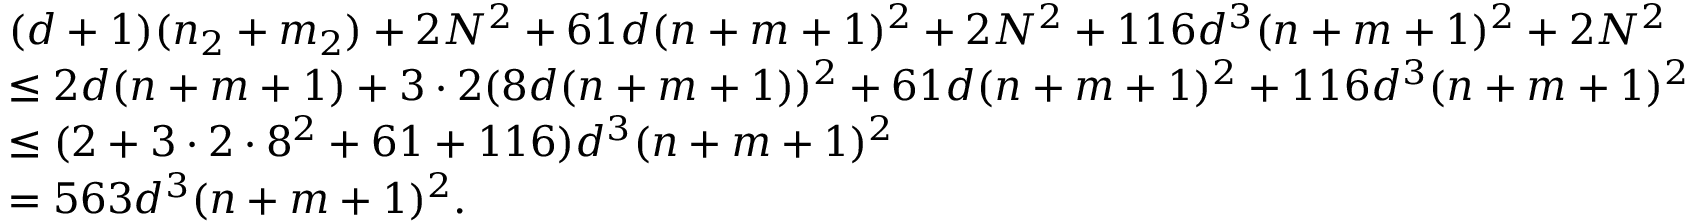
\begin{array} { r l } & { ( d + 1 ) ( n _ { 2 } + m _ { 2 } ) + 2 N ^ { 2 } + 6 1 d ( n + m + 1 ) ^ { 2 } + 2 N ^ { 2 } + 1 1 6 d ^ { 3 } ( n + m + 1 ) ^ { 2 } + 2 N ^ { 2 } } \\ & { \leq 2 d ( n + m + 1 ) + 3 \cdot 2 ( 8 d ( n + m + 1 ) ) ^ { 2 } + 6 1 d ( n + m + 1 ) ^ { 2 } + 1 1 6 d ^ { 3 } ( n + m + 1 ) ^ { 2 } } \\ & { \leq ( 2 + 3 \cdot 2 \cdot 8 ^ { 2 } + 6 1 + 1 1 6 ) d ^ { 3 } ( n + m + 1 ) ^ { 2 } } \\ & { = 5 6 3 d ^ { 3 } ( n + m + 1 ) ^ { 2 } . } \end{array}